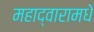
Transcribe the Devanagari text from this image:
महाद्वारामधे